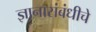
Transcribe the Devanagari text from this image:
ज्ञानासंबंधीचे